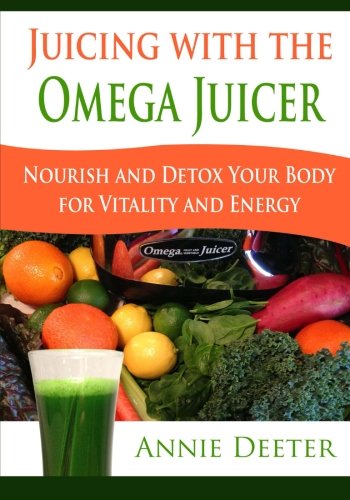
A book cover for Juicing with the Omega Juicer: Nourish and Detox Your Body  for Vitality and Energy; Annie Deeter; Cookbooks, Food & Wine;